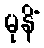
မုနိံ